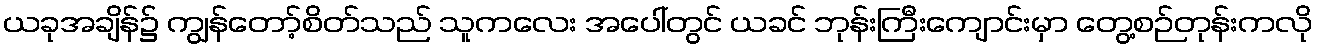
ယခုအချိန်၌ ကျွန်တော့်စိတ်သည် သူကလေး အပေါ်တွင် ယခင် ဘုန်းကြီးကျောင်းမှာ တွေ့စဉ်တုန်းကလို